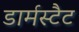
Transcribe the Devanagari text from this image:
डार्मस्टैट